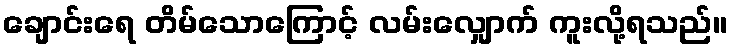
ချောင်းရေ တိမ်သောကြောင့် လမ်းလျှောက် ကူးလို့ရသည်။